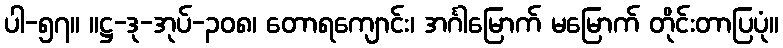
ပါ-၅၇။ ။ဋ္ဌ-ဒု-အုပ်-၃၀၈၊ တောရကျောင်း၊ အင်္ဂါမြောက် မမြောက် တိုင်းတာပြပုံ။